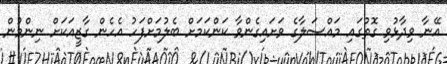
އޭނާ ވިދާޅުވި ގޮތުގައި މައްސަލާގެ ވަށައިގެންވާ ކަންކަމަށް ބެލުމަށްފަހު އެހެން ގާޒީއަކަށް ނިންމުން